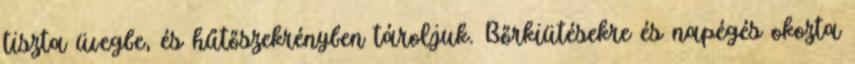
tiszta üvegbe, és hűtőszekrényben tároljuk. Bőrkiütésekre és napégés okozta